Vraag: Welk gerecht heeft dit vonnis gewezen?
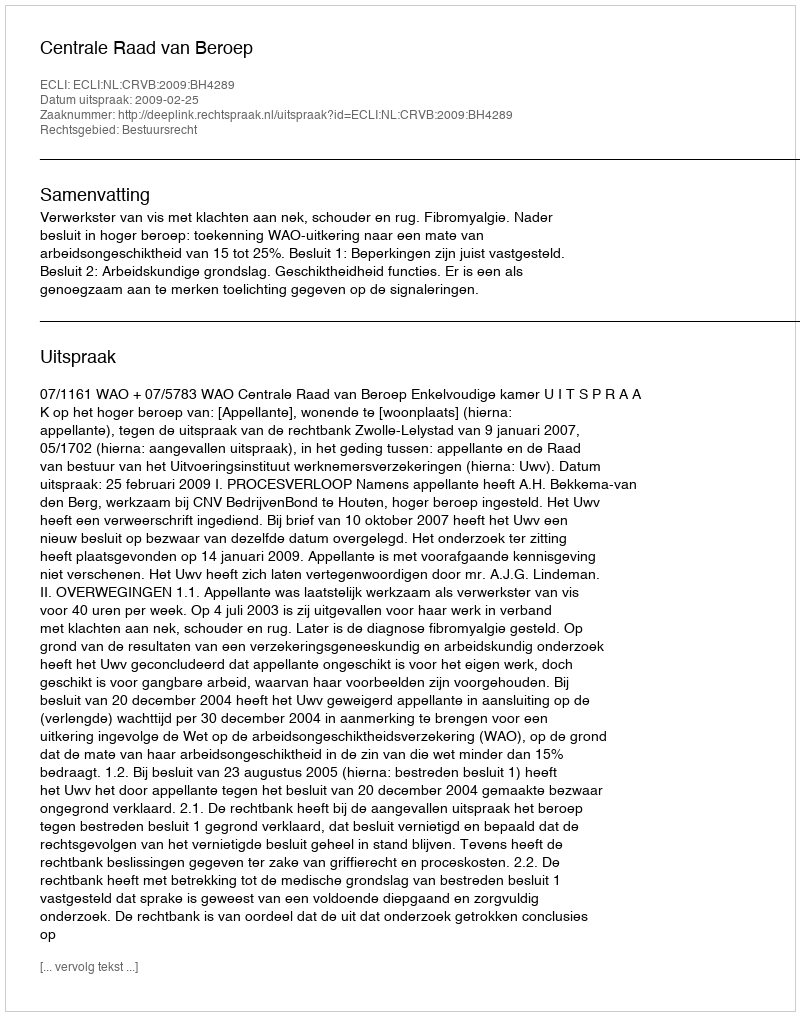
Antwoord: Centrale Raad van Beroep